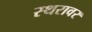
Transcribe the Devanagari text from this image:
स्थरावर